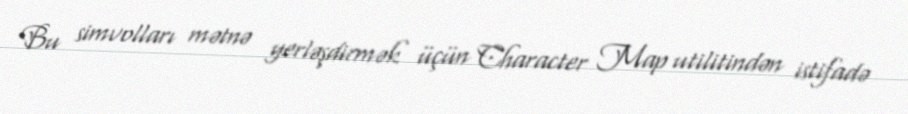
Bu simvolları mətnə yerləşdirmək üçün Character Map utilitindən istifadə